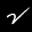
Label: 2